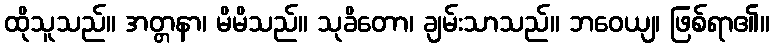
ထိုသူသည်။ အတ္တနာ၊ မိမိသည်။ သုခိတော၊ ချမ်းသာသည်။ ဘဝေယျ၊ ဖြစ်ရာ၏။